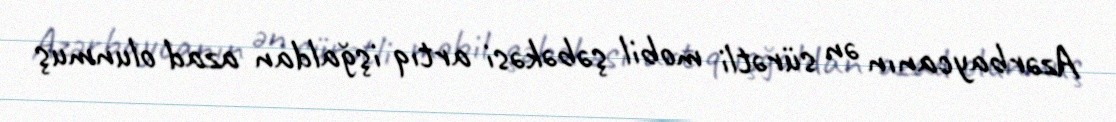
Azərbaycanın ən sürətli mobil şəbəkəsi artıq işğaldan azad olunmuş